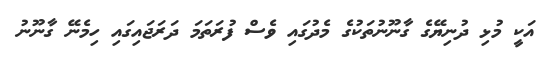
އަކީ މުޅި ދުނިޔޭގެ ގާނޫނުތަކުގެ މެދުގައި ވެސް ފުރަތަމަ ދަރަޖައިގައި ހިމެނޭ ގާނޫނު